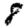
Digit: 8